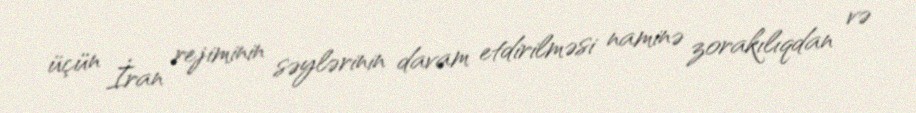
üçün İran rejiminin səylərinin davam etdirilməsi naminə zorakılıqdan və